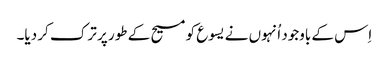
‏ اِس کے باوجود اُنہوں نے یسوع کو مسیح کے طور پر ترک کر دیا۔